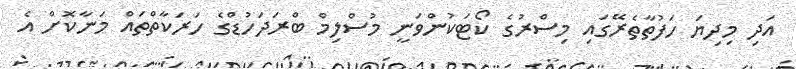
އަދި މިދިޔަ ހަފުތާތެރޭގައި މިސްރުގެ ކޯޓަކުންވަނީ މުސްލިމް ބްރަދަހުޑްގެ ހަރަކާތްތައް މަނާކޮށް އެ